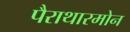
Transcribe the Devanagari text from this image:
पैराथारमोन